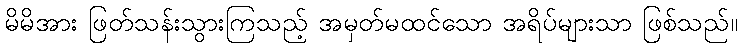
မိမိအား ဖြတ်သန်းသွားကြသည့် အမှတ်မထင်သော အရိပ်များသာ ဖြစ်သည်။